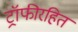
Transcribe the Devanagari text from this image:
ट्रॉफीरहित